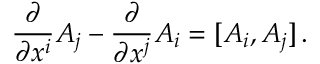
{ \frac { \partial } { \partial x ^ { i } } } A _ { j } - { \frac { \partial } { \partial x ^ { j } } } A _ { i } = [ A _ { i } , A _ { j } ] \, .